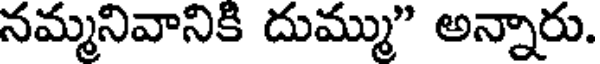
నమ్మనివానికి దుమ్ము" అన్నారు.